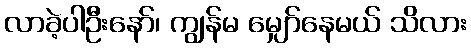
လာခဲ့ပါဦးနော်၊ ကျွန်မ မျှော်နေမယ် သိလား